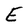
Character: E